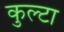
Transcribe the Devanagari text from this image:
कुल्टा